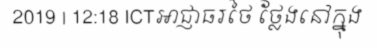
2019 | 12:18 ICTអាជ្ញាធរថៃ ថ្លែងនៅក្នុង